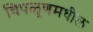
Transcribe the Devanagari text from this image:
चिपळूणमधील